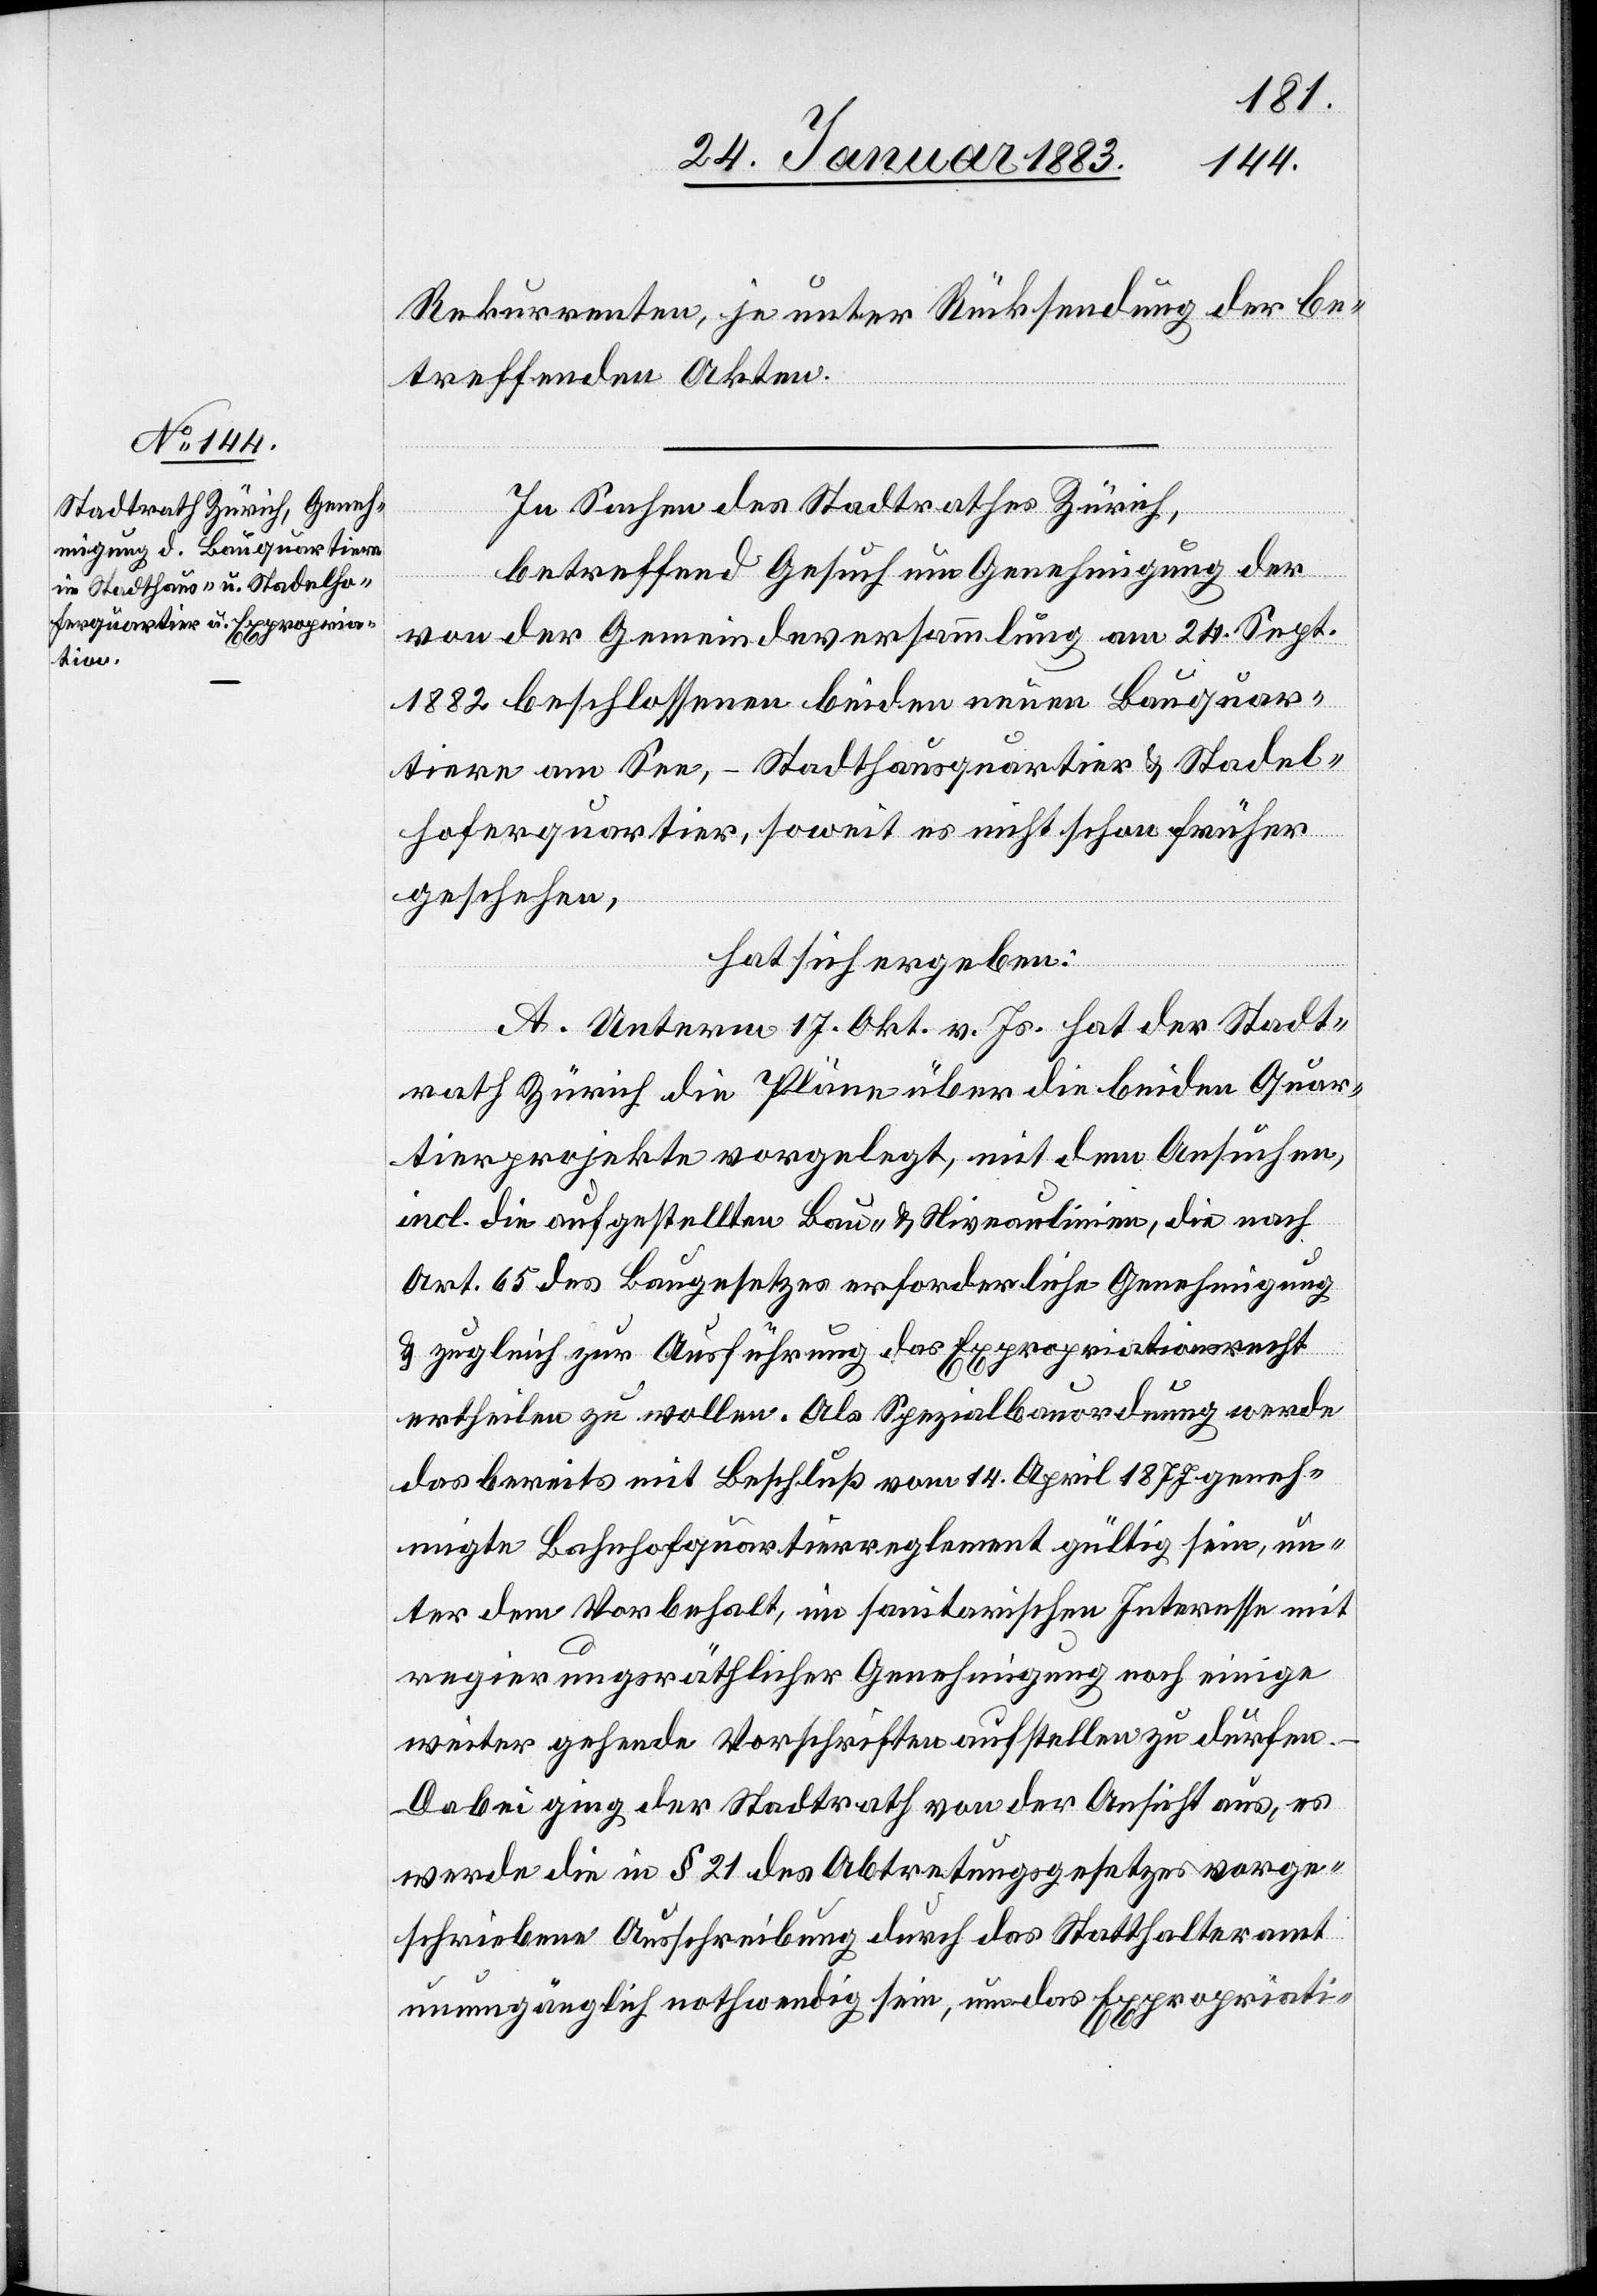
Rekurrenten, je unter Rücksendung der be¬
treffenden Akten.
In Sachen des Stadtrathes Zürich,
betreffend Gesuch um Genehmigung der
von der Gemeindeversammlung am 24. Sept.
1882 beschlossenen beiden neuen Bauquar¬
tiere am See, – Stadthausquartier & Stadel¬
hoferquartier, soweit es nicht schon früher
geschehen,
hat sich ergeben:
A. Unterm 17. Okt. v. Js. hat der Stadt¬
rath Zürich die Pläne über die beiden Quar¬
tierprojekte vorgelegt, mit dem Ansuchen,
incl. die aufgestellten Bau- & Niveaulinien, die nach
Art. 65 des Baugesetzes erforderliche Genehmigung
& zugleich zur Ausführung das Expropriationsrecht
ertheilen zu wollen. Als Spezialbauordnung werde
das bereits mit Beschluß vom 14. April 1877 geneh¬
migte Bahnhofquartierreglement gültig sein, un¬
ter dem Vorbehalt, im sanitarischen Interesse mit
regierungsräthlicher Genehmigung noch einige
weiter gehende Vorschriften aufstellen zu dürfen.
Dabei ging der Stadtrath von der Ansicht aus, es
werde die in § 21 des Abtretungsgesetzes vorge¬
schriebene Ausschreibung durch das Statthalteramt
unumgänglich nothwendig sein, um das Expropriati-